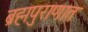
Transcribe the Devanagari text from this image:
ब्रह्मपुराणात